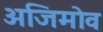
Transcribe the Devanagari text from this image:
अजिमोव